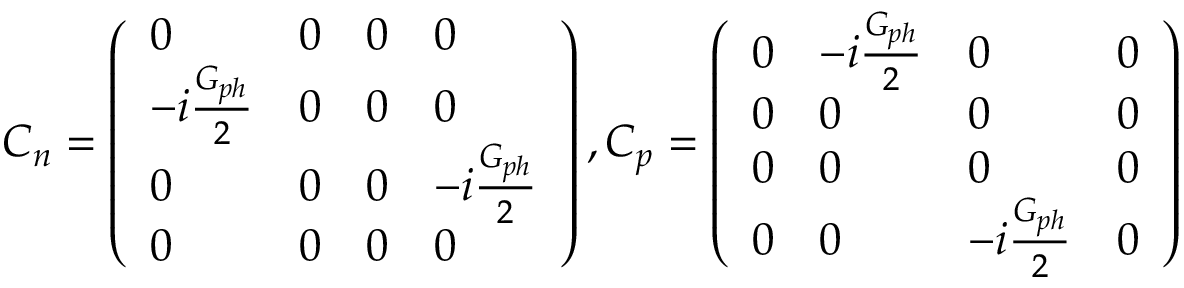
C _ { n } = \left( \begin{array} { l l l l } { 0 } & { 0 } & { 0 } & { 0 } \\ { - i \frac { G _ { p h } } { 2 } } & { 0 } & { 0 } & { 0 } \\ { 0 } & { 0 } & { 0 } & { - i \frac { G _ { p h } } { 2 } } \\ { 0 } & { 0 } & { 0 } & { 0 } \end{array} \right) , C _ { p } = \left( \begin{array} { l l l l } { 0 } & { - i \frac { G _ { p h } } { 2 } } & { 0 } & { 0 } \\ { 0 } & { 0 } & { 0 } & { 0 } \\ { 0 } & { 0 } & { 0 } & { 0 } \\ { 0 } & { 0 } & { - i \frac { G _ { p h } } { 2 } } & { 0 } \end{array} \right)